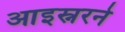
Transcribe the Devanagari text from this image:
आइस्नरने